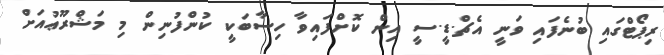
ރިޕޯޓްގައި ބުނެފައި ވަނީ އެޗް.ޑީ.ސީ އިން ކޮށްފައިވާ ހިސާބަކީ ކުންފުނިން މި މަޝްރޫޢުއަށް